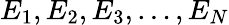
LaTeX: E_{1},E_{2},E_{3},\ldots,E_{N}